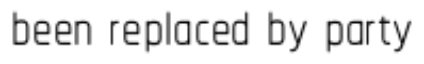
been replaced by party